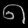
Digit: ၈